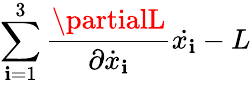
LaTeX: \sum_{\mathbf{i}=1}^{3}{\frac{{\partialL}}{{\partial{\dot{{x}}}_{\mathbf{i}}}}}{\dot{{x_{\mathbf{i}}}}}-L